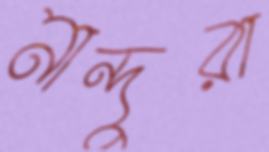
নান্দুরা